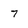
Character: 7